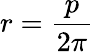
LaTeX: r=\frac{p}{2\pi}